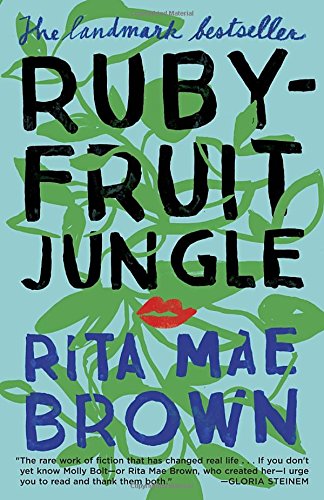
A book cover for Rubyfruit Jungle; Rita Mae Brown; Literature & Fiction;